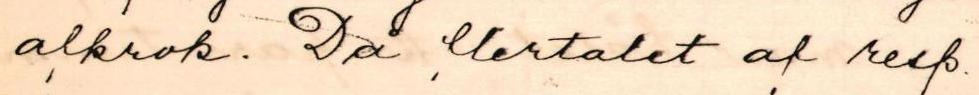
alkrok. Då flertalet af resp.